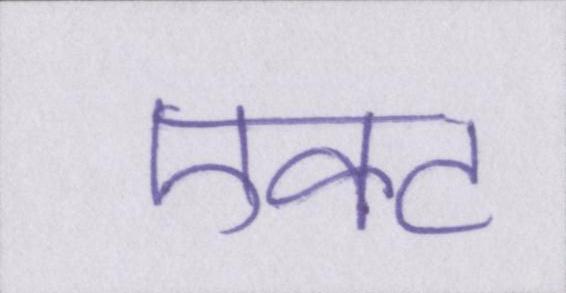
एक्ट